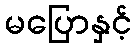
မပြောနှင့်